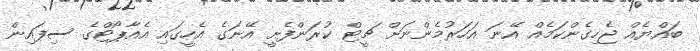
ބައްޔެއް ޖެހިގެންކަމެއް އޭނަ އަހަރުމެންނަށް ޗީޓް ކުރަންފެށީ އޭނަގެ އެހީގައި އެއާޕޯޓްގެ ސިފައިން